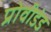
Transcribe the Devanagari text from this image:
प्रोवीडंड